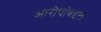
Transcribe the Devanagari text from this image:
आरोपांबद्दल